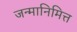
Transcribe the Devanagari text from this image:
जन्मानिमित्त